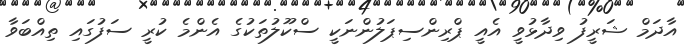
އާދަމް ޝަރީފު ވިދާޅުވީ އެއީ ޕްރިންސިޕަލުންނަކީ ސްކޫލުތަކުގެ އެންމެ ކުރީ ސަފުގައި ތިއްބަވާ